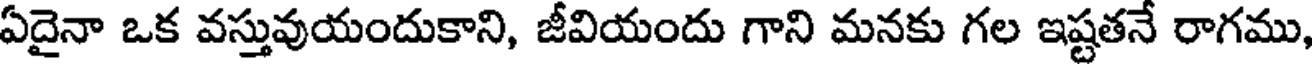
ఏదైనా ఒక వస్తువుయందుకాని, జీవియందు గాని మనకు గల ఇష్టతనే రాగము,